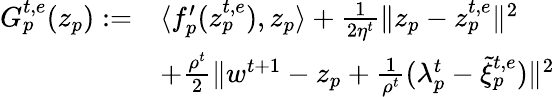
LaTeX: \begin{array}{rl}{G_{p}^{t,e}(z_{p}):=}&{\langle f_{p}^{\prime}(z_{p}^{t,e}),z_{p}\rangle+\textstyle\frac{1}{2\eta^{t}}\| z_{p}-z_{p}^{t,e}\| ^{2}}\\ &{+\textstyle\frac{\rho^{t}}{2}\| w^{t+1}-z_{p}+\frac{1}{\rho^{t}}(\lambda_{p}^{t}-\tilde{\xi}_{p}^{t,e})\| ^{2}}\end{array}